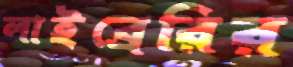
লাইব্রেরির